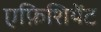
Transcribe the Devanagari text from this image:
एफ़िशियेंट